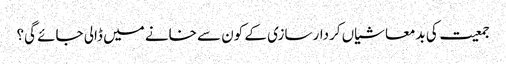
جمعیت کی بدمعاشیاں کردار سازی کے کون سے خانے میں ڈالی جائے گی؟